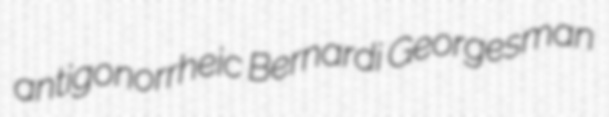
antigonorrheic Bernardi Georgesman